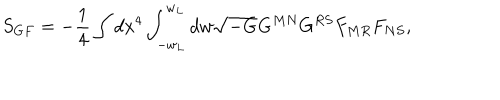
S _ { G F } = - \frac { 1 } { 4 } \int d x ^ { 4 } \int _ { - w _ { L } } ^ { w _ { L } } d w \sqrt { - G } G ^ { M N } G ^ { R S } F _ { M R } F _ { N S } ,